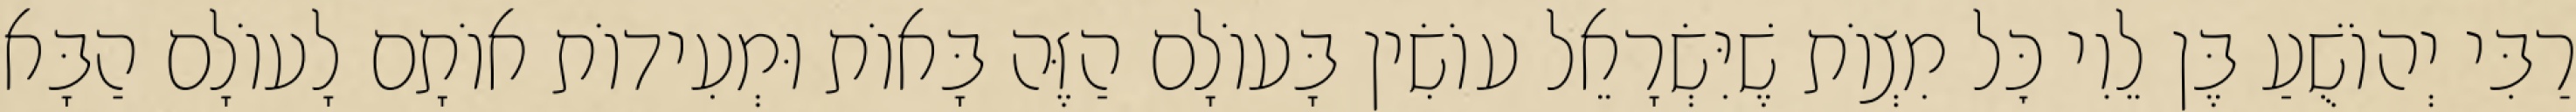
רַבִּי יְהוֹשֻׁעַ בֶּן לֵוִי כׇּל מִצְוֹת שֶׁיִּשְׂרָאֵל עוֹשִׂין בָּעוֹלָם הַזֶּה בָּאוֹת וּמְעִידוֹת אוֹתָם לָעוֹלָם הַבָּא